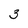
Character: 3